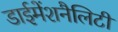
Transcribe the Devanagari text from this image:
डाईमेंशनैलिटी